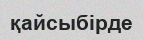
қайсыбірде